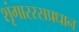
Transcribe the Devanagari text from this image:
शृंगाररसप्रधान